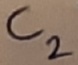
Text: C2